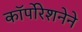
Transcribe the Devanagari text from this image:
कॉर्पोरेशनेने